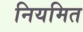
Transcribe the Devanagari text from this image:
नियमित